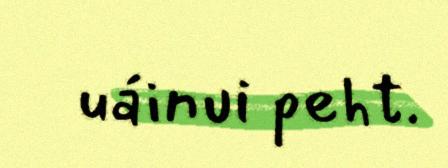
uáinui peht.